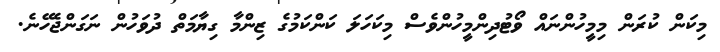
މިކަން ކުރަން މިމީހުންނައް ވޯޓުދިންމީހުންވެސް މިކަހަލަ ކަންކަމުގެ ޒިންމާ ގިޔާމަތް ދުވަހުން ނަގަންޖެހޭނެ.